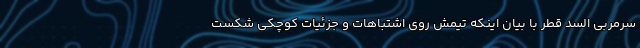
سرمربی السد قطر با بیان اینکه تیمش روی اشتباهات و جزئیات کوچکی شکست